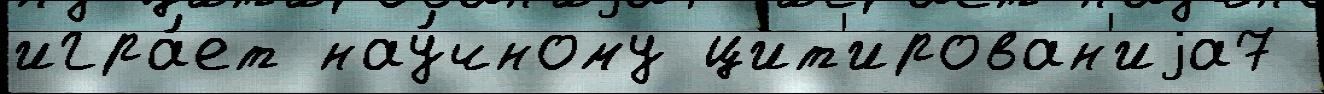
игра́ет нау́чному цит'ирован'иjа7